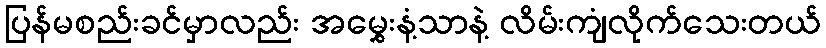
ပြန်မစည်းခင်မှာလည်း အမွှေးနံ့သာနဲ့ လိမ်းကျံလိုက်သေးတယ်